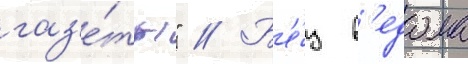
газ'е́ты" // Б'е́з в'едома